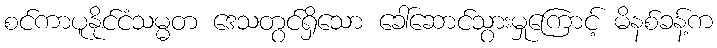
စင်ကာပူနိုင်ငံသမ္မတ ဒေသတွင်ရှိသော ခေါ်ဆောင်သွားမှုကြောင့် မိနစ်ခန့်က